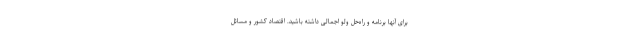
برای آنها برنامه و راه‌حلِ ولو اجمالی داشته باشید. اقتصاد کشور و مسائل